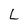
Character: L